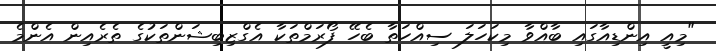
"މިއީ އިންޑިއާގައި ބާއްވާ މިކަހަލަ ސިއްހަތާ ބެހޭ ފޯރަމްތަކާ އެގްޒިބިޝަންތަކުގެ ތެރެއިން އެންމެ